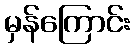
မှန်ကြောင်း